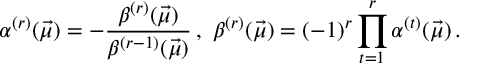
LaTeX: \alpha ^ { ( r ) } ( \vec { \mu } ) = - \frac { \beta ^ { ( r ) } ( \vec { \mu } ) } { \beta ^ { ( r - 1 ) } ( \vec { \mu } ) } \, , \, \, \beta ^ { ( r ) } ( \vec { \mu } ) = ( - 1 ) ^ { r } \prod _ { t = 1 } ^ { r } \alpha ^ { ( t ) } ( \vec { \mu } ) \, .